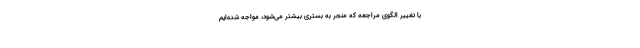
با تغییر الگوی مراجعه که منجر به بستری بیشتر می‌شود، مواجه شده‌ایم